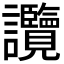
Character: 𧮤